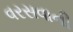
વરસવાની